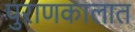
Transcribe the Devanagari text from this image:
पुराणकालात